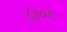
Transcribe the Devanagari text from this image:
८३०९